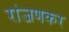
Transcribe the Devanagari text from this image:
रांजणकर